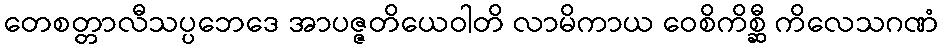
တေစတ္တာလီသပ္ပဘေဒေ အာပဇ္ဇတိယေဝါတိ လာမိကာယ ဝေစိကိစ္ဆီ ကိလေသဂဏံ